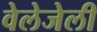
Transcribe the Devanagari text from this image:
वेलेजेली